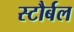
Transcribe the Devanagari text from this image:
स्टौर्बल